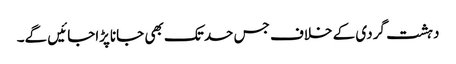
دہشت گردی کے خلاف جس حدتک بھی جاناپڑاجائیں گے۔